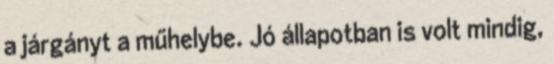
a járgányt a műhelybe. Jó állapotban is volt mindig,